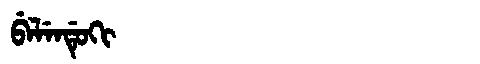
Manchu: ᠪᡝᠯᡝᠨᡩᡠᡴᡳ
Romanization: BELENDUKI